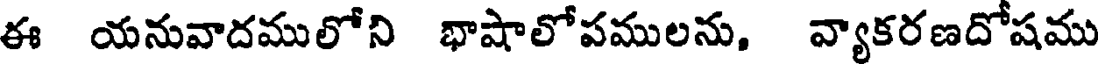
ఈ యనువాదములోని భాషాలోపములను, వ్యాకరణదోషము